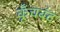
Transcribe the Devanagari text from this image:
कूँचबंद